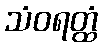
သံဝရတ္ထံ